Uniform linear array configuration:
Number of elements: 4
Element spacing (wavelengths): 1
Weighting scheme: kaiser
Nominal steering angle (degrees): -30
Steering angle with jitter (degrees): -31.893
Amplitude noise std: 0.05
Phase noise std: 0.05

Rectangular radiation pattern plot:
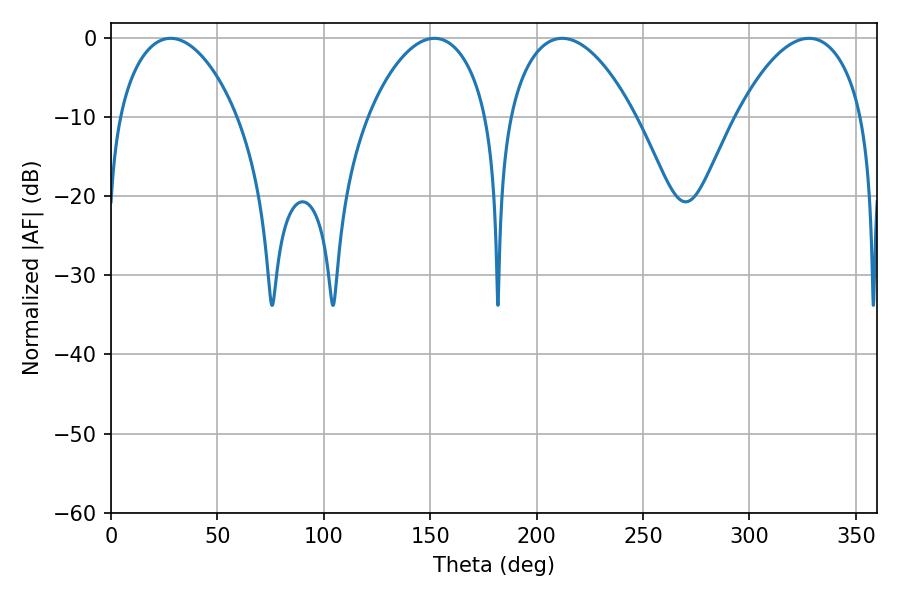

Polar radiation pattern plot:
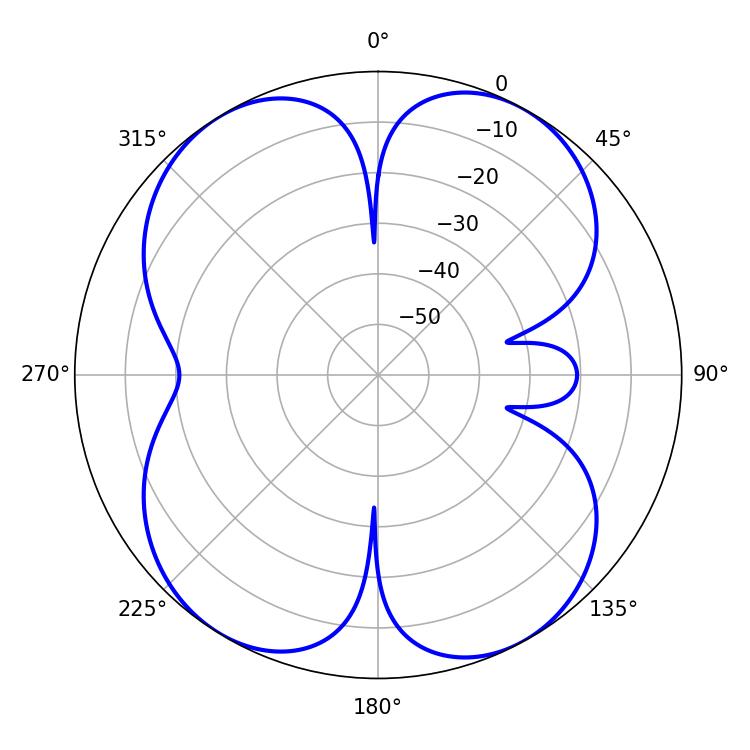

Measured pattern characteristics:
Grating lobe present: TRUE
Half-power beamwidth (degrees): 33.12
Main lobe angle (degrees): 212.04